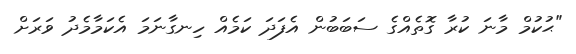
"ޙުކުމް މާނަ ކުރާ ގޮތެއްގެ ސަބަބުން އެފަދަ ކަމެއް ހިނގާނަމަ އެކަމާމެދު ވަރަށް